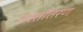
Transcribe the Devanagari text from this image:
हस्ताँतरण